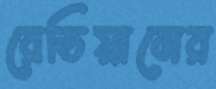
রেডিয়ামের